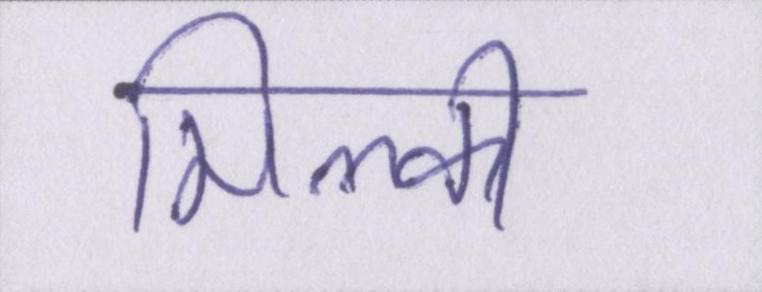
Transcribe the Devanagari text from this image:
मिल्की